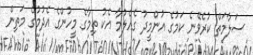
ސަލާމަތް ކުރެވޭނެ ކަމުގެ އުންމީދު ގެއްލުމާ އެކު ތިމާގެ މީހުންގެ އެދުމުގެ މަތިން